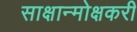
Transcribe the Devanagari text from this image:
साक्षान्मोक्षकरी